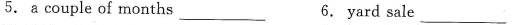
5.a couple of months___ 6, yard sale ___